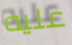
عليه